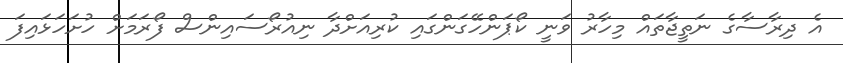
އެ ދިރާސާގެ ނަތީޖާތައް މިހާރު ވަނީ ކޯޕަންހޭގަންގައި ކުރިއަށްދާ ނިއުރޯސައިންސް ފޯރަމަށް ހުށަހަޅައިފަ